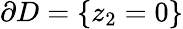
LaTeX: \partial D=\{ z_{2}=0\}